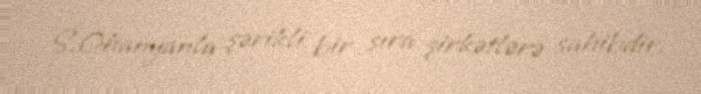
S.Ohanyanla şərikli bir sıra şirkətlərə sahibdir.